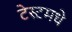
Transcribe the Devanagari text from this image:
टेस्टमधे